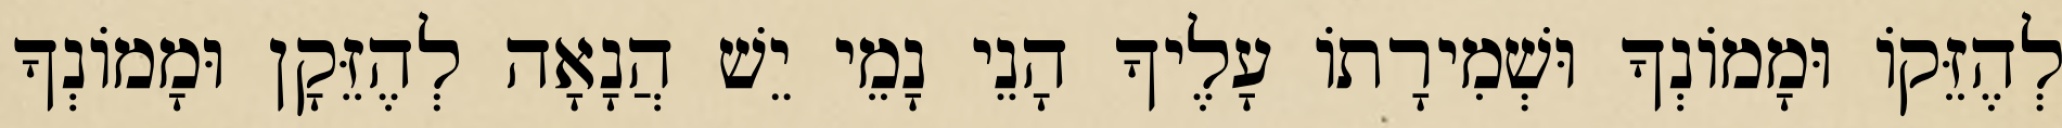
לְהֶזֵּקוֹ וּמָמוֹנְךָ וּשְׁמִירָתוֹ עָלֶיךָ הָנֵי נָמֵי יֵשׁ הֲנָאָה לְהֶזֵּקָן וּמָמוֹנְךָ